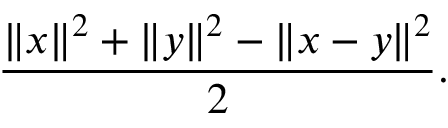
\ { \frac { \| x \| ^ { 2 } + \| y \| ^ { 2 } - \| x - y \| ^ { 2 } } { 2 } } .